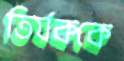
তির্যককে